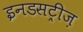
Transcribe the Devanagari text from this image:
इनडसट्रीज़